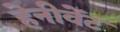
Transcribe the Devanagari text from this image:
हेनीवेंट